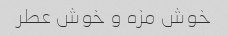
خوش مزه و خوش عطر